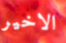
الاخير